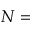
N =